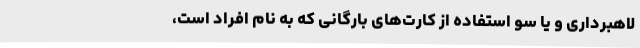
لاهبرداری و یا سو استفاده از کارت‌های بارگانی که به نام افراد است،